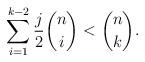
LaTeX: \begin{align*}\sum_{i=1}^{k-2} \frac{j}{2} \binom{n}{i}<\binom{n}{k}.\end{align*}